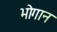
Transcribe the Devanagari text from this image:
भोगान